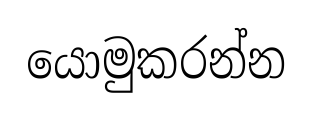
යොමුකරන්න